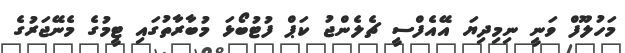
މަހުލޫފް ވަނީ ނިމިދިޔަ އޭއެފްސީ ޗެލެންޖު ކަޕް ފުޓުބޯޅަ މުބާރާތުގައި ޓީމުގެ މެނޭޖަރުގެ